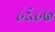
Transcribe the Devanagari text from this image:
८६८७